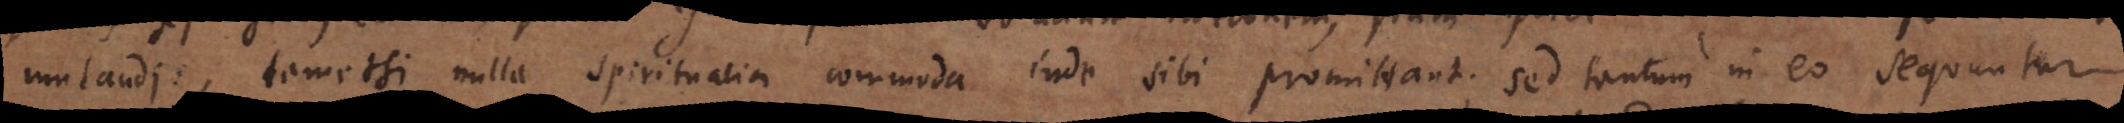
mutandi, tametsi nulla spiritualia commoda inde sibi promittant; sed tantum sequuntur